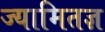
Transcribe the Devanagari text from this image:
ज्यामितज्ञ